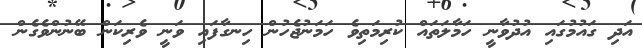
އަދި ގައުމުގައި އުދުވާނީ ހަމާލަތައް ކުރިމަތިވެ ހަމަނުޖެހުން ހިނގާފައި ވަނީ ވެރިކަން ބޭނުންވެގެން